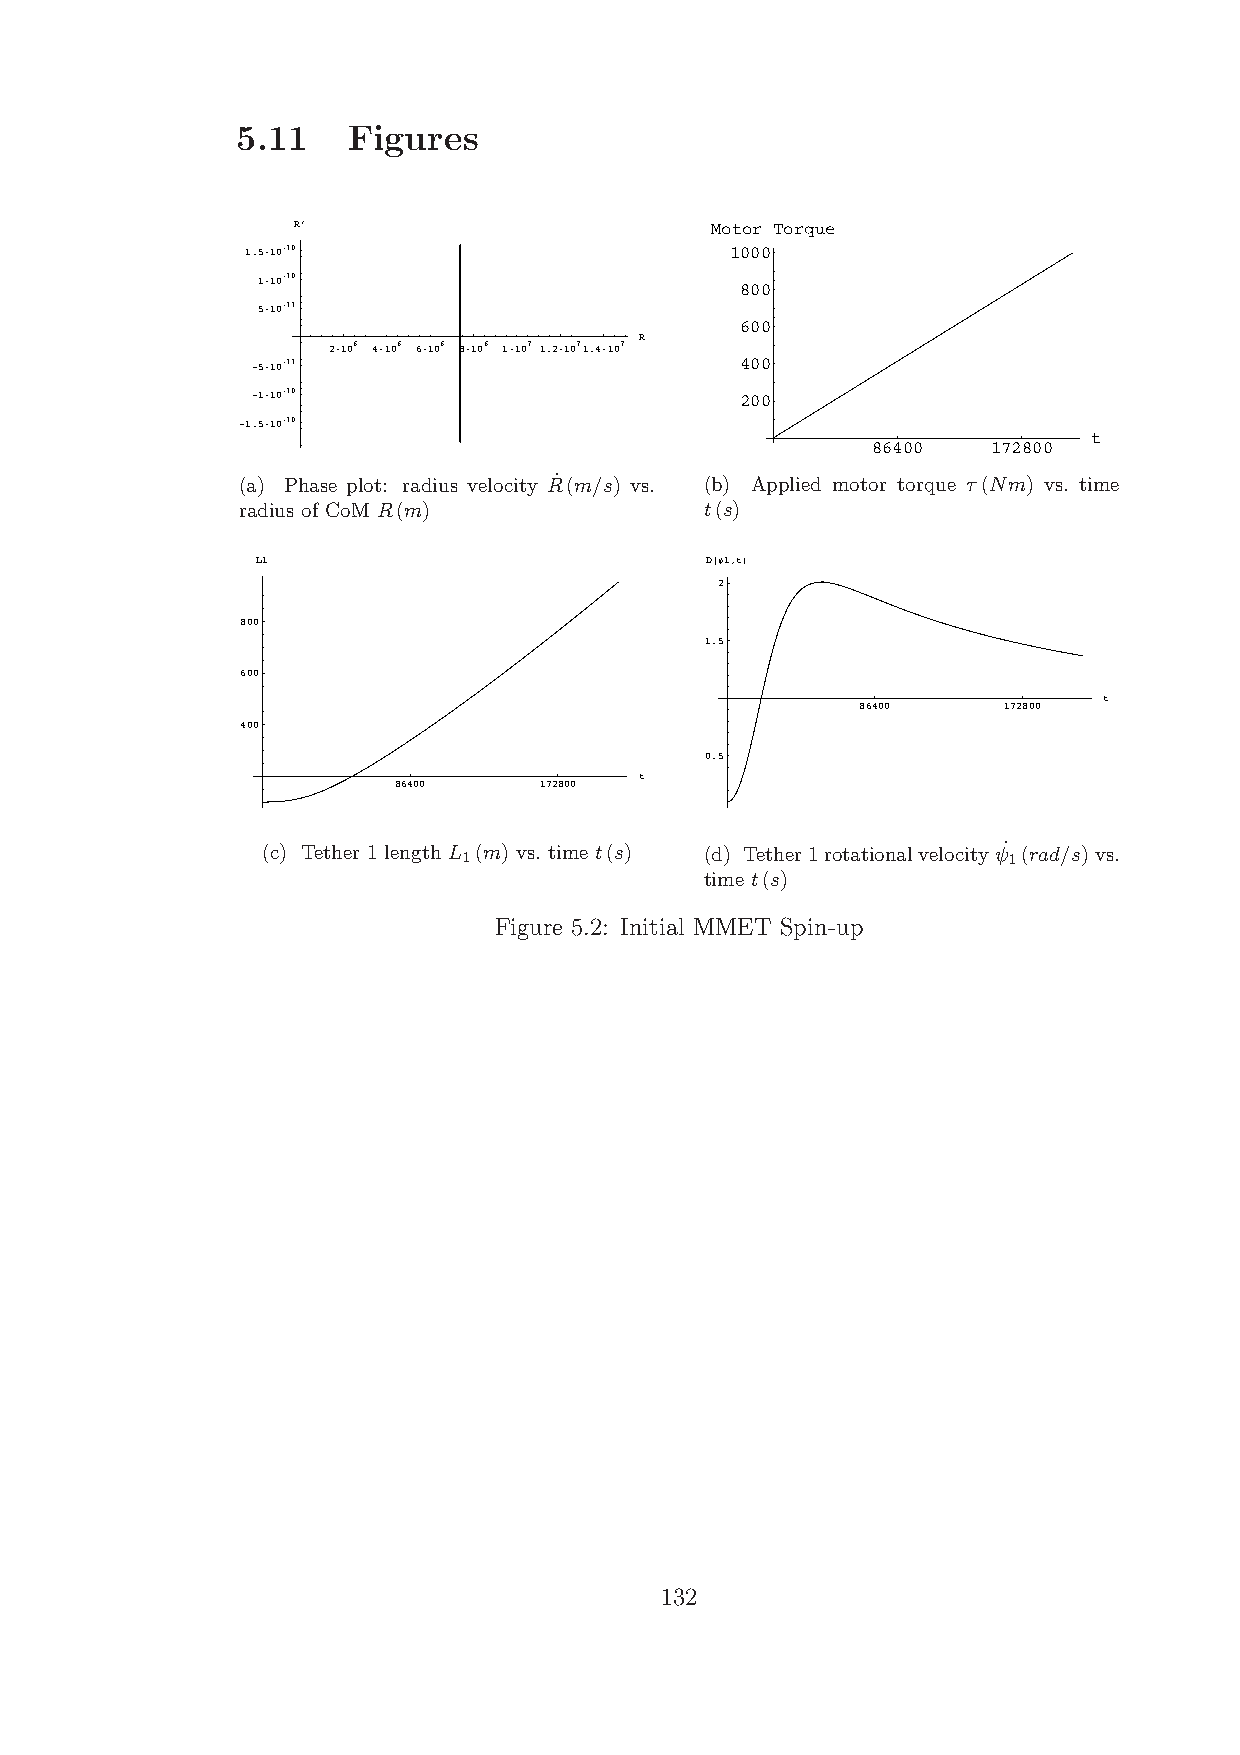
5.11   Figures
 R’                          Motor Torque
 1.5·10-10                       1000
 1·10-10
 800
 5·10-11
 600
 R
 2·106 4·106 6·106 8·106 1·107 1.2·1071.4·107
 -5·10-11                        400
 -1·10-10                        200
 -1.5·10-10
 t
 86400   172800
 (a) Phase plot: radius velocity R˙ (m/s) vs. (b) Applied motor torque τ(Nm) vs. time
 radius of CoM R(m)             t(s)
 L1                            D@Ψ1,tD
 2
 800
 1.5
 600
 t
 86400    172800
 400
 0.5
 t
 86400     172800
 (c) Tether 1 length L 1(m) vs. time t(s) (d) Tether1rotationalvelocityψ˙ 1(rad/s)vs.
 time t(s)
 Figure 5.2: Initial MMET Spin-up
 132